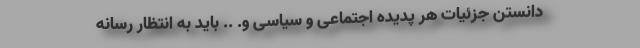
دانستن جزئیات هر پدیده اجتماعی و سیاسی و. .. باید به انتظار رسانه